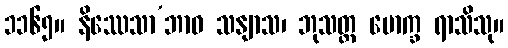
၁၁၆၅။ နိဿေသာ’ဘာဝ သနျာသ၊ ဘုသတ္ထ မောက္ခ ရာသိသု။